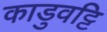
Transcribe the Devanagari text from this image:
काडुवट्टि